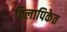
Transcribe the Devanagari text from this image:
विलापिकेत